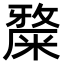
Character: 𥼅